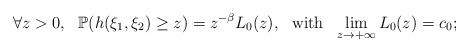
LaTeX: \begin{align*}\forall z>0,\ \ \mathbb P(h(\xi_1,\xi_2)\ge z)=z^{-\beta} L_0(z),\ \ \mbox{with}\ \ \lim_{z\rightarrow+\infty} L_0(z)=c_0;\end{align*}